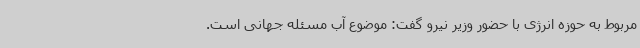
مربوط به حوزه انرژی با حضور وزیر نیرو گفت: موضوع آب مسئله جهانی است.